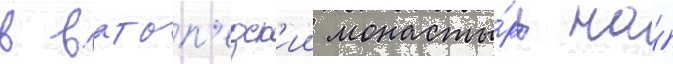
в ватоп'едск'ии монасты́рь на́